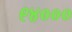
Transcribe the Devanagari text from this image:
९४०००